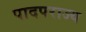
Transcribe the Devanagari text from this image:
पादपराज्य